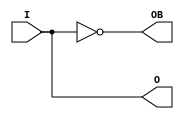
//////////////////////////////////////////////////////////////////////////////
//
// Copyright (c) 2014 PANGO MICROSYSTEMS, INC
// ALL RIGHTS RESERVED.
//
// THE SOURCE CODE CONTAINED HEREIN IS PROPRIETARY TO PANGO MICROSYSTEMS, INC.
// IT SHALL NOT BE REPRODUCED OR DISCLOSED IN WHOLE OR IN PART OR USED BY
// PARTIES WITHOUT WRITTEN AUTHORIZATION FROM THE OWNER.
//
//////////////////////////////////////////////////////////////////////////////
//
// Library: General technology primitive
//
// Functional description: Differential Signaling Output Buffer
//
// Parameter description:
//      
//
// Port description:
//
// Revision:
//    06/18/14 - Initial version.
//
//////////////////////////////////////////////////////////////////////////////

`timescale 1 ns / 1 ps

module GTP_OUTBUFDS #(
    parameter IOSTANDARD = "DEFAULT"
)(
    output O,
    output OB,
    input I
) /* synthesis syn_black_box */ ;
  
  initial begin
    case (IOSTANDARD)
    "LVDS", "MINI-LVDS", "SUB-LVDS","TMDS", "PPDS", "RSDS", "LVDS_18", "DEFAULT" :;
    default : begin
           $display("Attribute Syntax Error : The attribute IOSTANDARD on GTP_OUTBUFDS instance %m is set to %s.", IOSTANDARD);
           $finish;
              end
    endcase
    end

    buf (O, I);
    not (OB, I);

endmodule